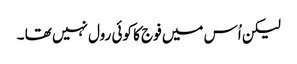
لیکن اُس میں فوج کا کوئی رول نہیں تھا ۔